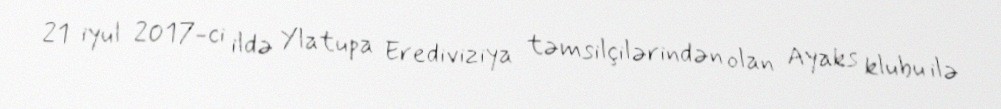
21 iyul 2017-ci ildə Ylatupa Erediviziya təmsilçilərindən olan Ayaks klubu ilə